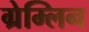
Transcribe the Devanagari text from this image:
ग्रेम्लिन